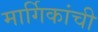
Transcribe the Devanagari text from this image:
मार्गिकांची